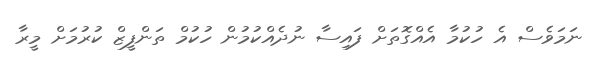
ނަމަވެސް އެ ހުކުމާ އެއްގޮތަށް ފައިސާ ނުދެއްކުމުން ހުކުމް ތަންފީޒް ކުރުމަށް މީރާ